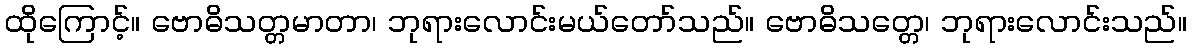
ထိုကြောင့်။ ဗောဓိသတ္တမာတာ၊ ဘုရားလောင်းမယ်တော်သည်။ ဗောဓိသတ္တေ၊ ဘုရားလောင်းသည်။